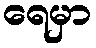
ရေမှာ